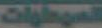
الموطوات